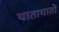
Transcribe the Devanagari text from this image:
यातायातों